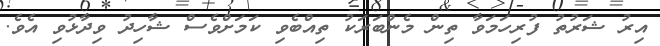
އިރު ޝަރުތު ފުރިހަމަވާ ތިން މެންބަރަކު ތިއްބެވި ކަމަށްވެސް ޝާހިދު ވިދާޅުވި އެވެ.